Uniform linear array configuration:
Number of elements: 12
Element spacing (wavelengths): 0.25
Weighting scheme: kaiser
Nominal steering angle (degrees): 45
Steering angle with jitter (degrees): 43.776
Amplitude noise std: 0.05
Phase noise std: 0.05

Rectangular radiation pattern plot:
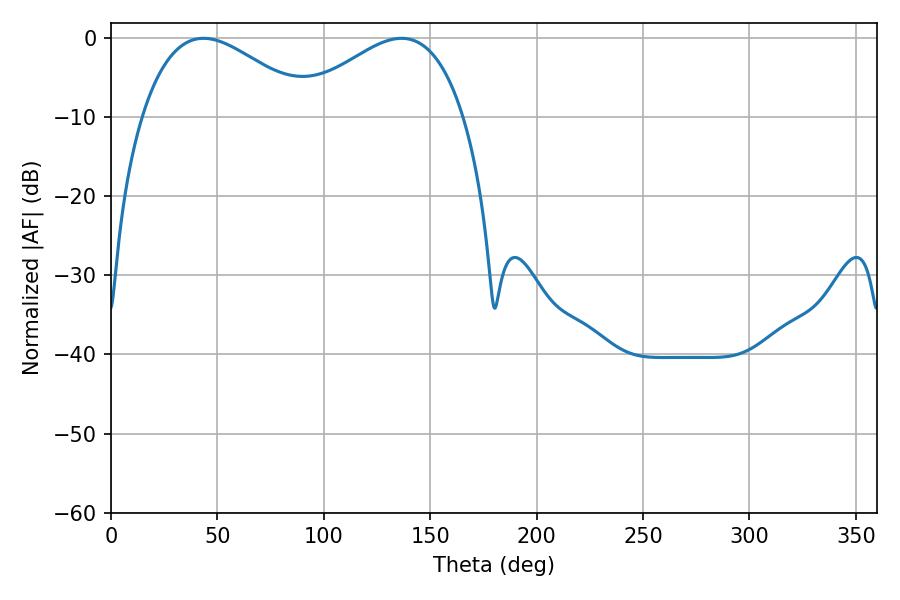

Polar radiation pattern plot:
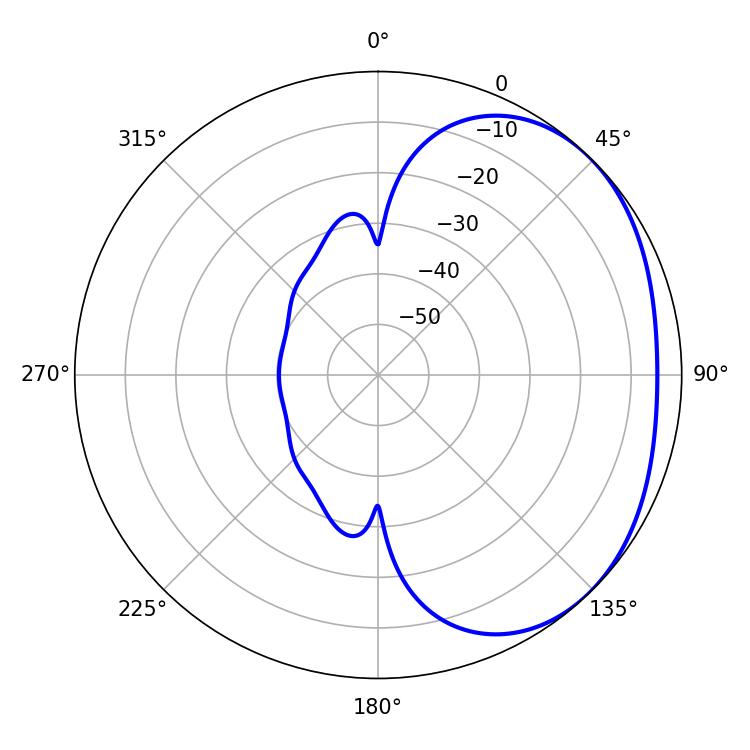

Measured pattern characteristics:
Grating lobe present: FALSE
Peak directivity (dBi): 2.298
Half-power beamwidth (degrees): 43.38
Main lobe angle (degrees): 43.56